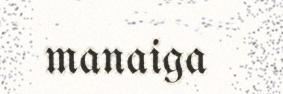
manaiga